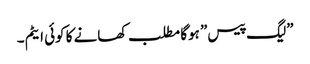
”لیگ پیس” ہوگا مطلب کھانے کا کوئی ایٹم ۔